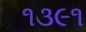
૧૩૯૧